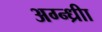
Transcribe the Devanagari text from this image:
अग्न्ध्रीा